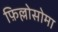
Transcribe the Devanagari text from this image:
फ़िल्लोसोमा